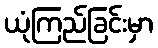
ယုံကြည်ခြင်းမှာ